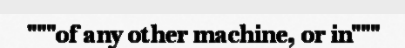
"""of any other machine, or in"""